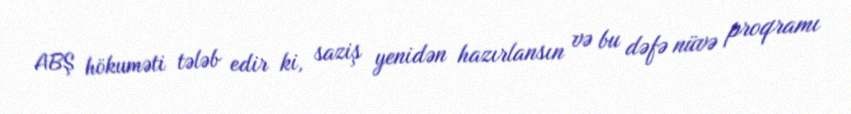
ABŞ hökuməti tələb edir ki, saziş yenidən hazırlansın və bu dəfə nüvə proqramı